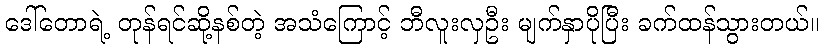
ဒေါ်တောရဲ့ တုန်ရင်ဆို့နစ်တဲ့ အသံကြောင့် ဘီလူးလှဦး မျက်နှာပိုပြီး ခက်ထန်သွားတယ်။